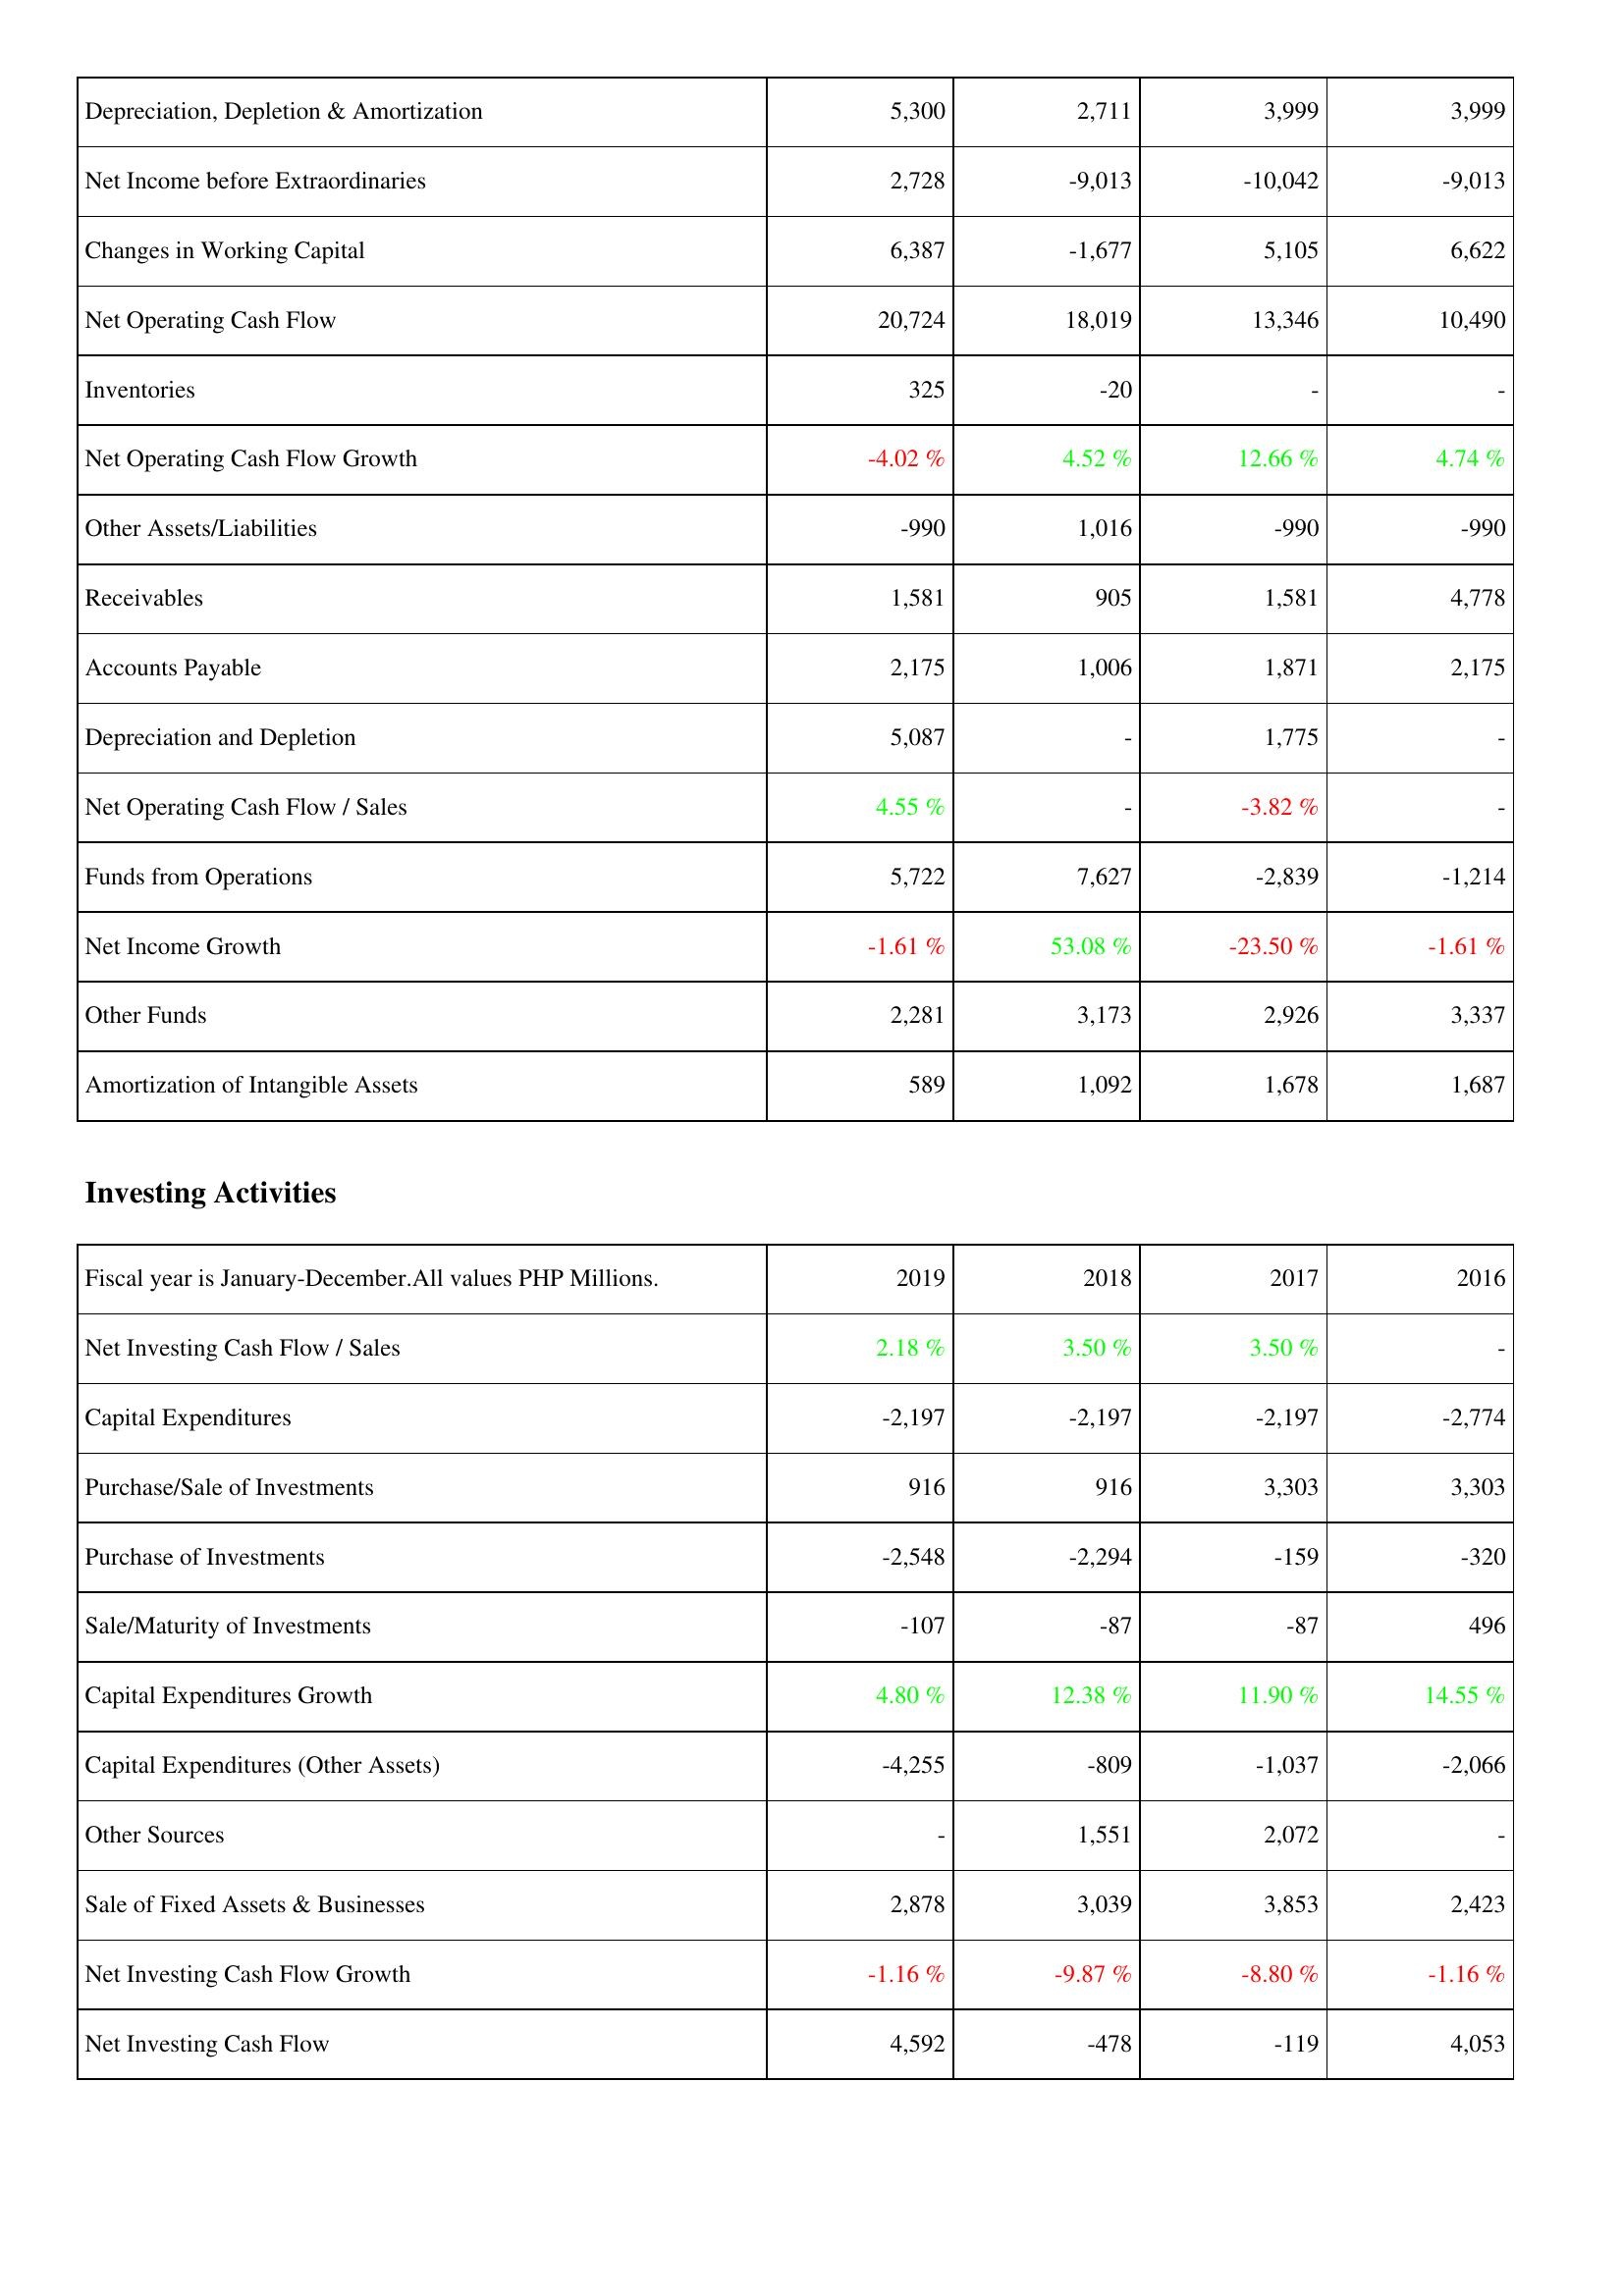
2019: Operating Activities: Depreciation, Depletion & Amortization: 5,300
Net Income before Extraordinaries: 2,728
Changes in Working Capital: 6,387
Net Operating Cash Flow: 20,724
Inventories: 325
Net Operating Cash Flow Growth: -4.02 %
Other Assets/Liabilities: -990
Receivables: 1,581
Accounts Payable: 2,175
Depreciation and Depletion: 5,087
Net Operating Cash Flow / Sales: 4.55 %
Funds from Operations: 5,722
Net Income Growth: -1.61 %
Other Funds: 2,281
Amortization of Intangible Assets: 589
Investing Activities: Net Investing Cash Flow / Sales: 2.18 %
Capital Expenditures: -2,197
Purchase/Sale of Investments: 916
Purchase of Investments: -2,548
Sale/Maturity of Investments: -107
Capital Expenditures Growth: 4.80 %
Capital Expenditures (Other Assets): -4,255
Other Sources: -
Sale of Fixed Assets & Businesses: 2,878
Net Investing Cash Flow Growth: -1.16 %
Net Investing Cash Flow: 4,592
2018: Operating Activities: Depreciation, Depletion & Amortization: 2,711
Net Income before Extraordinaries: -9,013
Changes in Working Capital: -1,677
Net Operating Cash Flow: 18,019
Inventories: -20
Net Operating Cash Flow Growth: 4.52 %
Other Assets/Liabilities: 1,016
Receivables: 905
Accounts Payable: 1,006
Depreciation and Depletion: -
Net Operating Cash Flow / Sales: -
Funds from Operations: 7,627
Net Income Growth: 53.08 %
Other Funds: 3,173
Amortization of Intangible Assets: 1,092
Investing Activities: Net Investing Cash Flow / Sales: 3.50 %
Capital Expenditures: -2,197
Purchase/Sale of Investments: 916
Purchase of Investments: -2,294
Sale/Maturity of Investments: -87
Capital Expenditures Growth: 12.38 %
Capital Expenditures (Other Assets): -809
Other Sources: 1,551
Sale of Fixed Assets & Businesses: 3,039
Net Investing Cash Flow Growth: -9.87 %
Net Investing Cash Flow: -478
2017: Operating Activities: Depreciation, Depletion & Amortization: 3,999
Net Income before Extraordinaries: -10,042
Changes in Working Capital: 5,105
Net Operating Cash Flow: 13,346
Inventories: -
Net Operating Cash Flow Growth: 12.66 %
Other Assets/Liabilities: -990
Receivables: 1,581
Accounts Payable: 1,871
Depreciation and Depletion: 1,775
Net Operating Cash Flow / Sales: -3.82 %
Funds from Operations: -2,839
Net Income Growth: -23.50 %
Other Funds: 2,926
Amortization of Intangible Assets: 1,678
Investing Activities: Net Investing Cash Flow / Sales: 3.50 %
Capital Expenditures: -2,197
Purchase/Sale of Investments: 3,303
Purchase of Investments: -159
Sale/Maturity of Investments: -87
Capital Expenditures Growth: 11.90 %
Capital Expenditures (Other Assets): -1,037
Other Sources: 2,072
Sale of Fixed Assets & Businesses: 3,853
Net Investing Cash Flow Growth: -8.80 %
Net Investing Cash Flow: -119
2016: Operating Activities: Depreciation, Depletion & Amortization: 3,999
Net Income before Extraordinaries: -9,013
Changes in Working Capital: 6,622
Net Operating Cash Flow: 10,490
Inventories: -
Net Operating Cash Flow Growth: 4.74 %
Other Assets/Liabilities: -990
Receivables: 4,778
Accounts Payable: 2,175
Depreciation and Depletion: -
Net Operating Cash Flow / Sales: -
Funds from Operations: -1,214
Net Income Growth: -1.61 %
Other Funds: 3,337
Amortization of Intangible Assets: 1,687
Investing Activities: Net Investing Cash Flow / Sales: -
Capital Expenditures: -2,774
Purchase/Sale of Investments: 3,303
Purchase of Investments: -320
Sale/Maturity of Investments: 496
Capital Expenditures Growth: 14.55 %
Capital Expenditures (Other Assets): -2,066
Other Sources: -
Sale of Fixed Assets & Businesses: 2,423
Net Investing Cash Flow Growth: -1.16 %
Net Investing Cash Flow: 4,053